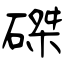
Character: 磔